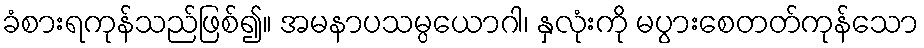
ခံစားရကုန်သည်ဖြစ်၍။ အမနာပသမ္ပယောဂါ၊ နှလုံးကို မပွားစေတတ်ကုန်သော